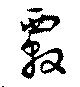
覈